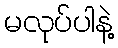
မလုပ်ပါနဲ့